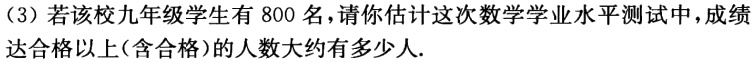
（3）若该校九年级学生有800名，请你估计这次数学学业水平测试中，成绩达合格以上(含合格)的人数大约有多少人.